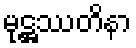
မုဋ္ဌဿတိနာ